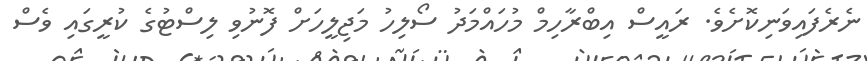
ނެރެފައިވަނިކޮށެވެ. ރައީސް އިބްރާހިމް މުހައްމަދު ސޯލިހު މަޖިލީހަށް ފޮނުވި ލިސްޓުގެ ކުރީގައި ވެސް